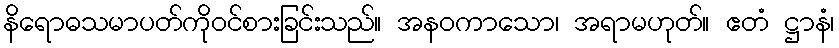
နိရောဓသမာပတ်ကိုဝင်စားခြင်းသည်။ အနဝကာသော၊ အရာမဟုတ်။ ဧတံ ဋ္ဌာနံ၊